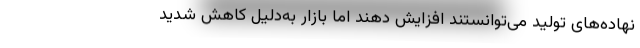
نهاده‌های تولید می‌توانستند افزایش دهند اما بازار به‌دلیل کاهش شدید